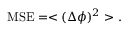
\begin{array} { r } { \mathrm { M S E } = < ( \Delta \phi ) ^ { 2 } > . } \end{array}